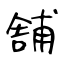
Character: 舗